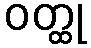
ဝတ္ထု